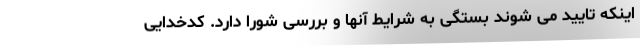
اینکه تایید می شوند بستگی به شرایط آنها و بررسی شورا دارد. کدخدایی